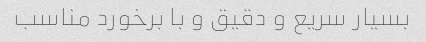
بسیار سریع و دقیق و با برخورد مناسب